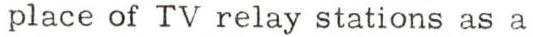
place of TV relay stations as a